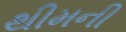
થીમની